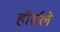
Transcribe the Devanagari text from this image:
हॉर्सले